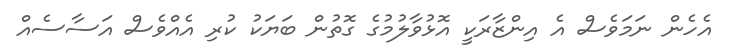
އެހެން ނަމަވެސް އެ އިންޒާރަކީ އޮޅުވާލުމުގެ ގޮތުން ބަޔަކު ކުރި އެއްވެސް އަސާސެއް